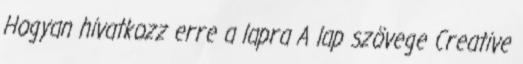
Hogyan hivatkozz erre a lapra A lap szövege Creative